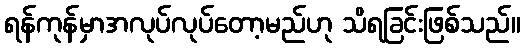
ရန်ကုန်မှာအလုပ်လုပ်တော့မည်ဟု သိရခြင်းဖြစ်သည်။